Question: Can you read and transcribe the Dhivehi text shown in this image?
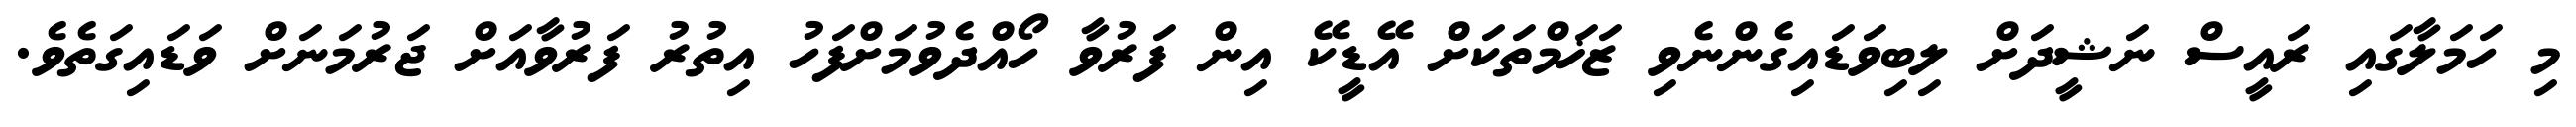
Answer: މި ހަމަލާގައި ރައީސް ނަޝީދަށް ލިބިވަޑައިގެންނެވި ޒަޚަމްތަކަށް އޭޑީކޭ އިން ފަރުވާ ހޯއްދެވުމަށްފަހު އިތުރު ފަރުވާއަށް ޖަރުމަނަށް ވަޑައިގަތެވެ.